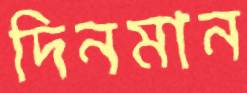
দিনমান